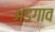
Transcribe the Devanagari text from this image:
अडगाव